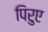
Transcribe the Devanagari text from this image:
पिरुए